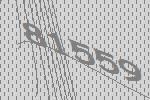
81559